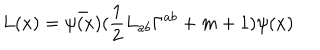
LaTeX: L ( x ) = \bar { \psi ( x ) } ( \frac { 1 } { 2 } L _ { a b } \Gamma ^ { a b } + m + 1 ) \psi ( x )